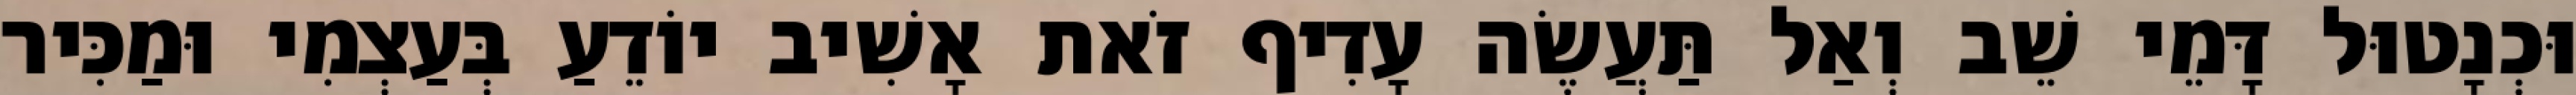
וּכְנָטוּל דָּמֵי שֵׁב וְאַל תַּעֲשֶׂה עָדִיף זֹאת אָשִׁיב יוֹדֵעַ בְּעַצְמִי וּמַכִּיר